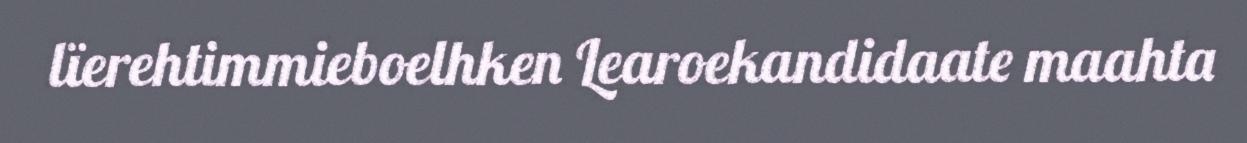
lïerehtimmieboelhken Learoekandidaate maahta